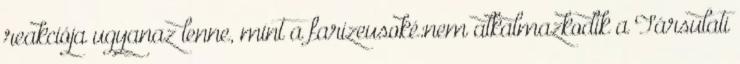
reakciója ugyanaz lenne, mint a farizeusoké:nem alkalmazkodik a Társulati